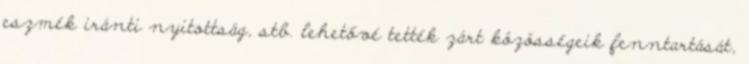
eszmék iránti nyitottság, stb. lehetővé tették zárt közösségeik fenntartását,